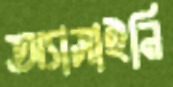
অ্যাসাইনি